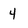
Character: 4